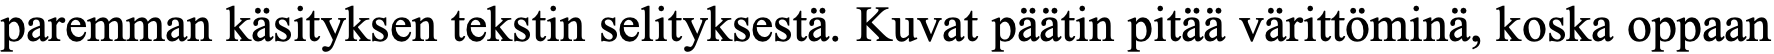
paremman käsityksen tekstin selityksestä. Kuvat päätin pitää värittöminä, koska oppaan